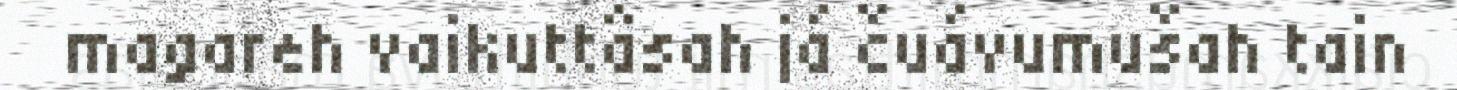
magareh vaikuttâsah já čuávumušah tain